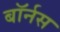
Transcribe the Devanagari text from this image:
बॉर्नस